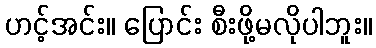
ဟင့်အင်း။ ပြောင်း စီးဖို့မလိုပါဘူး။